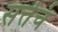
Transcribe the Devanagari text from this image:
सत्तेचं